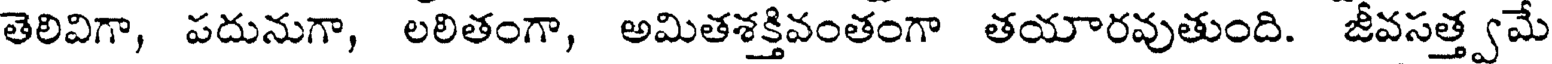
తెలివిగా, పదునుగా, లలితంగా, అమితశక్తివంతంగా తయారవుతుంది. జీవసత్త్వమే